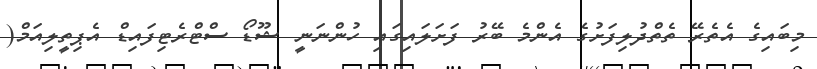
މިބައިގެ އެތެރޭ ތެތްދުލިފަށުގެ އެންމެ ބޭރު ފަށަލައިގައި ހުންނަނީ ޝޫޑޯ ސްޓްރެޓިފައިޑް އެޕިތީލިއަމް(